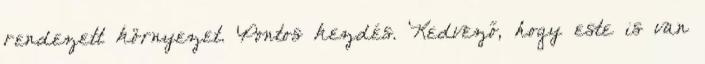
rendezett környezet. Pontos kezdés. Kedvező, hogy este is van